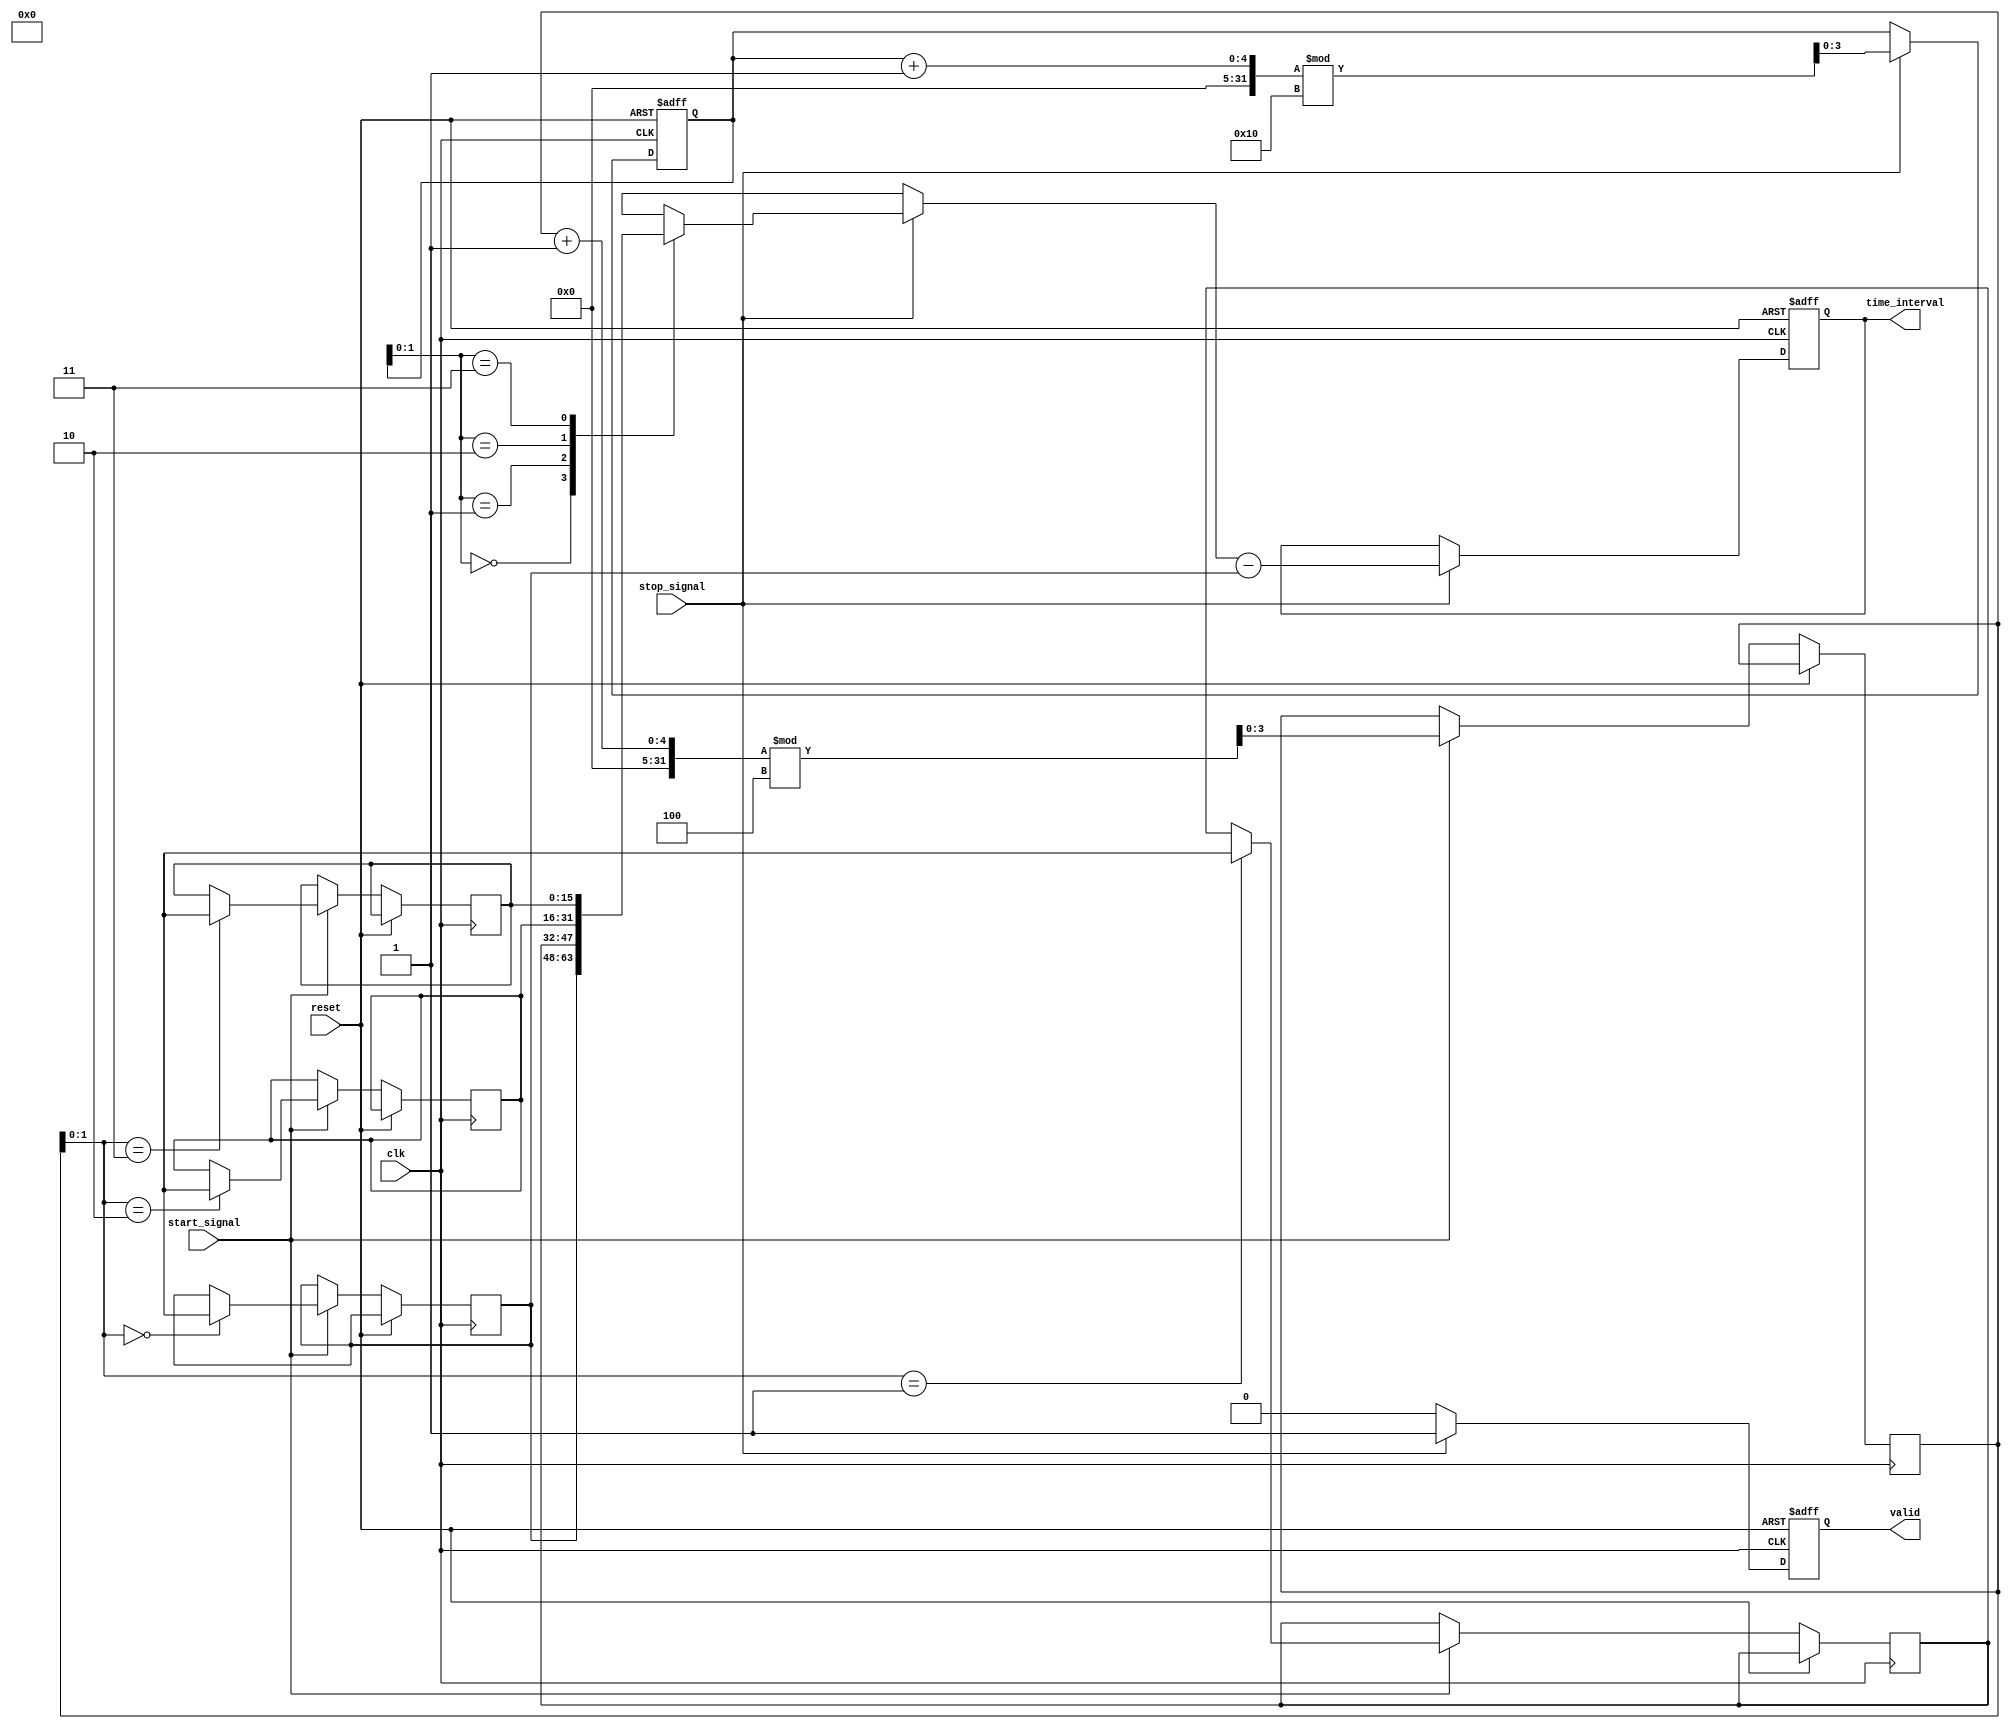
module TDC #(
    parameter NUM_CHANNELS = 4,  // Number of time-interleaved channels
    parameter TIMESTAMP_WIDTH = 16, // Width of the timestamp
    parameter MEMORY_DEPTH = 16      // Depth of the memory block
)(
    input wire clk,                  // Reference clock
    input wire reset,                // Asynchronous reset
    input wire start_signal,         // Start signal to measure time
    input wire stop_signal,          // Stop signal to measure time
    output reg [TIMESTAMP_WIDTH-1:0] time_interval, // Output time interval
    output reg valid                 // Output valid flag
);

    // Channel timestamp storage
    reg [TIMESTAMP_WIDTH-1:0] timestamps[NUM_CHANNELS-1:0];
    reg [NUM_CHANNELS-1:0] channel_active; // Channel active flags
    reg [3:0] channel_index; // Current channel index
    reg [3:0] write_pointer; // Pointer for writing timestamps
    reg [3:0] read_pointer;  // Pointer for reading timestamps

    // Synchronization logic
    always @(posedge clk or posedge reset) begin
        if (reset) begin
            write_pointer <= 0;
            read_pointer <= 0;
            valid <= 0;
            time_interval <= 0;
            channel_active <= 0;
        end else begin
            // Capture timestamps on start signal
            if (start_signal) begin
                channel_active <= 1; // Activate all channels
                timestamps[channel_index] <= $time; // Capture timestamp
                channel_index <= (channel_index + 1) % NUM_CHANNELS; // Round-robin channel selection
                write_pointer <= (write_pointer + 1) % MEMORY_DEPTH; // Update write pointer
            end
            
            // Process stop signal
            if (stop_signal) begin
                // Calculate time interval
                valid <= 1; // Indicate valid output
                time_interval <= timestamps[read_pointer] - timestamps[0]; // Example calculation
                read_pointer <= (read_pointer + 1) % MEMORY_DEPTH; // Update read pointer
            end else begin
                valid <= 0; // Reset valid flag if not processing
            end
        end
    end

    // Memory management (FIFO structure)
    always @(posedge clk) begin
        if (valid) begin
            // Additional processing can be done here
        end
    end

endmodule